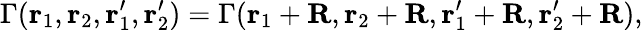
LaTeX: \Gamma({\mathbf r}_{1},{\mathbf r}_{2},{\mathbf r}_{1}^{\prime},{\mathbf r}_{2}^{\prime})=\Gamma({\mathbf r}_{1}+{\mathbf R},{\mathbf r}_{2}+{\mathbf R},{\mathbf r}_{1}^{\prime}+{\mathbf R},{\mathbf r}_{2}^{\prime}+{\mathbf R}),